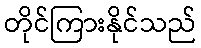
တိုင်ကြားနိုင်သည်